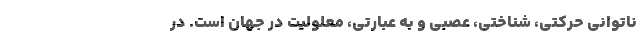
ناتوانی حرکتی، شناختی، عصبی و به عبارتی، معلولیت در جهان است. در